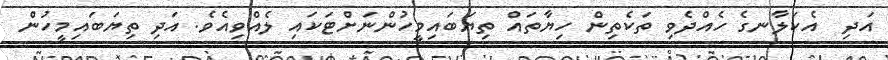
އަދި  އެކަލާނގެ ހެއްދެވި ތަކެތިން ހިޔާތައް ތިޔަބައިމީހުންނަށްޓަކައި ލެއްވިއެވެ. އަދި ތިޔަބައިމީހުން